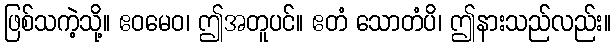
ဖြစ်သကဲ့သို့။ ဧဝမေဝ၊ ဤအတူပင်။ ဧတံ သောတံပိ၊ ဤနားသည်လည်း။